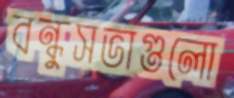
বন্ধুসভাগুলো